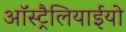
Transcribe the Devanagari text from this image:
ऑस्ट्रैलियाईयो